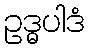
ဥဒ္ဓပါဒံ